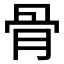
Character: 骨